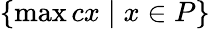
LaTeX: \{ \operatorname*{max}cx\mid x\in P\}